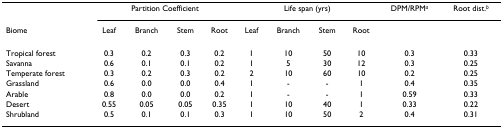
<table><thead><tr><td></td><td colspan="4"><b>Partition Coefficient</b></td><td colspan="4"><b>Life span (yrs)</b></td><td><b>DPM/RPM<sup><i>a</i></sup></b></td><td><b>Root dist.<sup><i>b</i></sup></b></td></tr><tr><td><b>Biome</b></td><td><b>Leaf</b></td><td><b>Branch</b></td><td><b>Stem</b></td><td><b>Root</b></td><td><b>Leaf</b></td><td><b>Branch</b></td><td><b>Stem</b></td><td><b>Root</b></td><td></td><td></td></tr></thead><tbody><tr><td>Tropical forest</td><td>0.3</td><td>0.2</td><td>0.3</td><td>0.2</td><td>1</td><td>10</td><td>50</td><td>10</td><td>0.3</td><td>0.33</td></tr><tr><td>Savanna</td><td>0.6</td><td>0.1</td><td>0.1</td><td>0.2</td><td>1</td><td>5</td><td>30</td><td>12</td><td>0.3</td><td>0.25</td></tr><tr><td>Temperate forest</td><td>0.3</td><td>0.2</td><td>0.3</td><td>0.2</td><td>2</td><td>10</td><td>60</td><td>10</td><td>0.2</td><td>0.25</td></tr><tr><td>Grassland</td><td>0.6</td><td>0.0</td><td>0.0</td><td>0.4</td><td>1</td><td>-</td><td>-</td><td>1</td><td>0.4</td><td>0.35</td></tr><tr><td>Arable</td><td>0.8</td><td>0.0</td><td>0.0</td><td>0.2</td><td>1</td><td>-</td><td>-</td><td>1</td><td>0.59</td><td>0.33</td></tr><tr><td>Desert</td><td>0.55</td><td>0.05</td><td>0.05</td><td>0.35</td><td>1</td><td>10</td><td>40</td><td>1</td><td>0.33</td><td>0.22</td></tr><tr><td>Shrubland</td><td>0.5</td><td>0.1</td><td>0.1</td><td>0.3</td><td>1</td><td>10</td><td>50</td><td>2</td><td>0.4</td><td>0.31</td></tr></tbody></table>